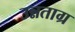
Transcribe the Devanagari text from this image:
उन्नताग्र